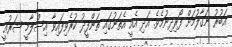
އަބުރު ނަގާލުމަށް ފޯރިދިނުމެވެ. އަދި އެއީ އެތަނުގައި ތަންފީޛު ކުރެވިފައިވާ އިސްލާމީ ޝަރުޢީ